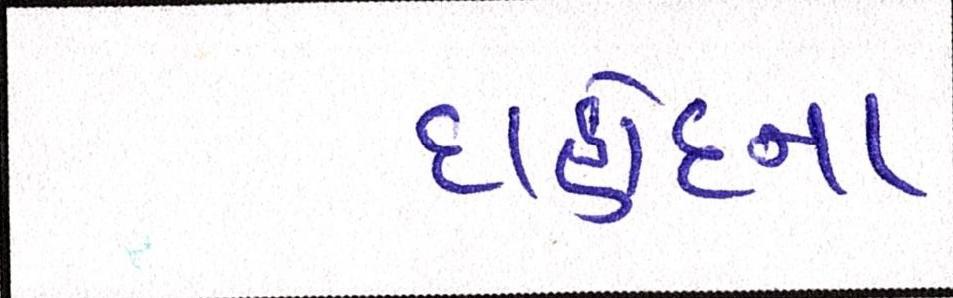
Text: દાહોદના